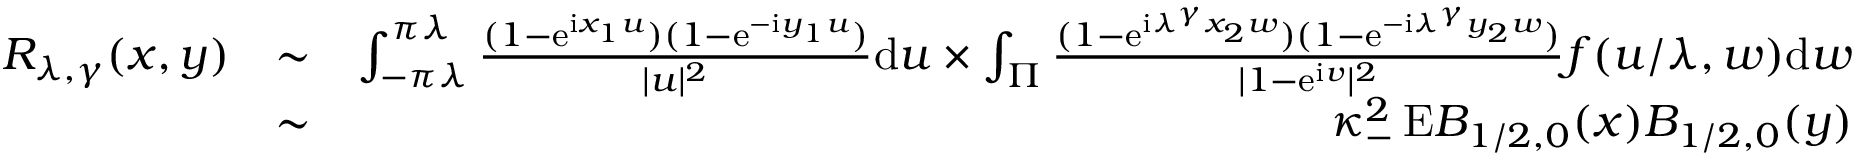
\begin{array} { r l r } { R _ { \lambda , \gamma } ( \boldsymbol { x } , \boldsymbol { y } ) } & { \sim } & { \int _ { - \pi \lambda } ^ { \pi \lambda } \frac { ( 1 - \mathrm e ^ { \mathrm i x _ { 1 } u } ) ( 1 - \mathrm e ^ { - \mathrm i y _ { 1 } u } ) } { | u | ^ { 2 } } \mathrm d u \times \int _ { \Pi } \frac { ( 1 - \mathrm e ^ { \mathrm i \lambda ^ { \gamma } x _ { 2 } w } ) ( 1 - \mathrm e ^ { - \mathrm i \lambda ^ { \gamma } y _ { 2 } w } ) } { | 1 - \mathrm e ^ { \mathrm i v } | ^ { 2 } } f ( u / \lambda , w ) \mathrm d w } \\ & { \sim } & { \kappa _ { - } ^ { 2 } \, \mathrm E B _ { 1 / 2 , 0 } ( \boldsymbol { x } ) B _ { 1 / 2 , 0 } ( \boldsymbol { y } ) } \end{array}